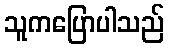
သူကပြောပါသည်